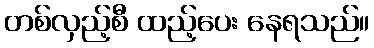
တစ်လှည့်စီ ထည့်ပေး နေရသည်။